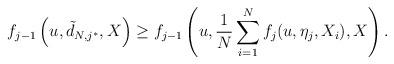
LaTeX: \begin{align*} f_{j-1}\left(u,\tilde{d}_{N,{j^{*}}}, X \right) \geq f_{j-1}\left(u, \frac{1}{N}\sum_{i=1}^N f_j(u,\eta_j, X_i), X \right).\end{align*}